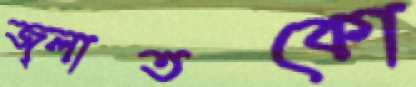
জ্লাতকো